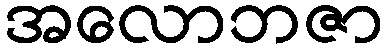
အလောဘဇာ